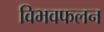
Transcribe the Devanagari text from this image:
विभवफलन